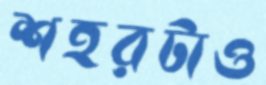
শহরটাও